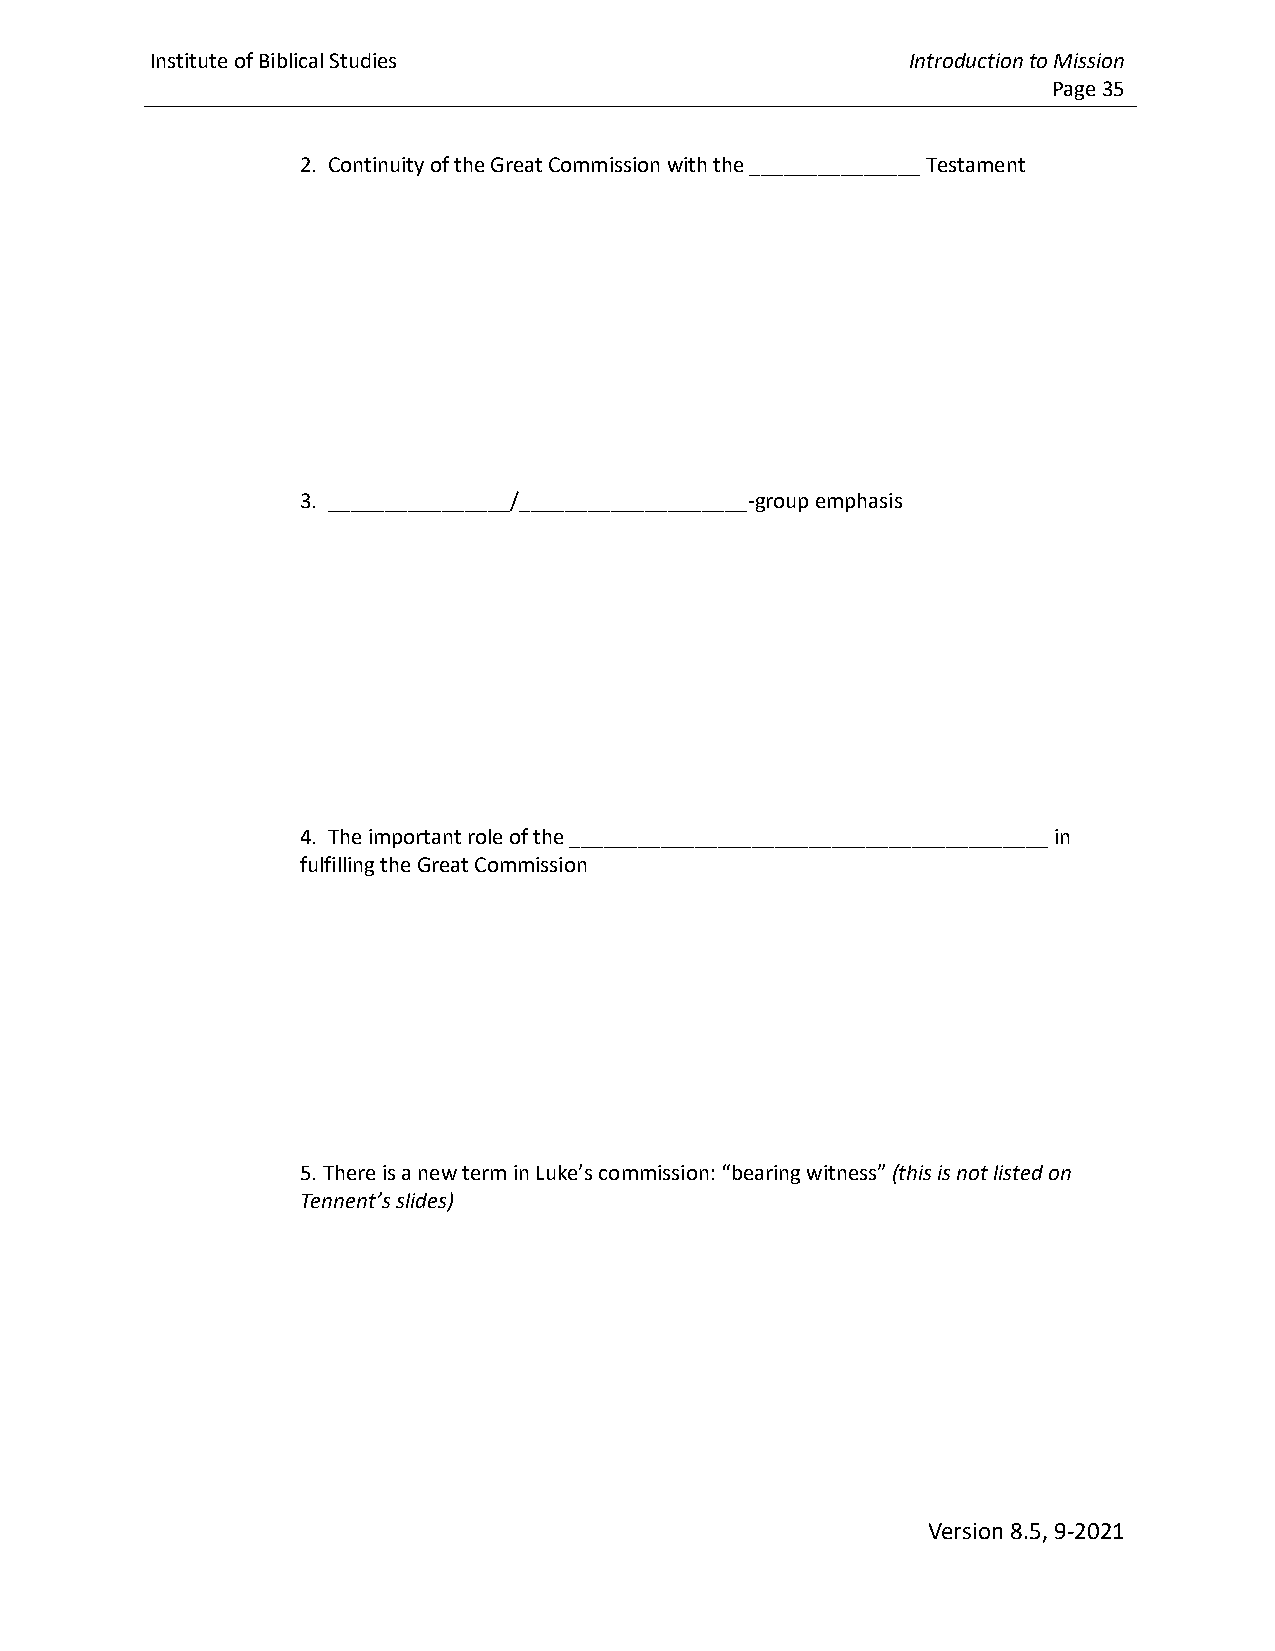
Institute of Biblical Studies                     Introduction to Mission
 Page 35
 2. Continuity of the Great Commission with the _______________ Testament
 3. ________________/____________________-group emphasis
 4. The important role of the __________________________________________ in
 fulfilling the Great Commission
 5. There is a new term in Luke’s commission: “bearing witness” (this is not listed on
 Tennent’s slides)
 Version 8.5, 9-2021